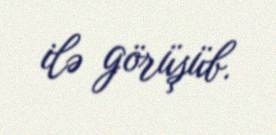
ilə görüşüb.